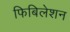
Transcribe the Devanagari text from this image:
फिबिलेशन